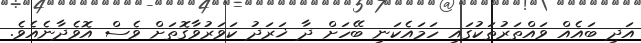
އަދި ބައެއް ވައްތަރުތަކުގައި ހަމައެކަނި ބޭހަށް ދާ ޚަރަދު ކަވަރުވާގޮތަށް ވެސް އޮވެދާނެއެވެ.